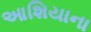
આશિયાના